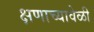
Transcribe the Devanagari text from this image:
क्षणाच्यावेळी